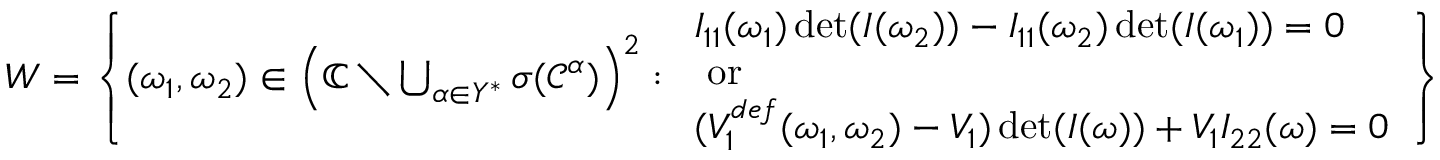
\begin{array} { r } { W = \left\{ ( \omega _ { 1 } , \omega _ { 2 } ) \in \left( \mathbb { C } \setminus \bigcup _ { \alpha \in Y ^ { * } } \sigma ( \mathcal { C } ^ { \alpha } ) \right) ^ { 2 } : \begin{array} { l } { I _ { 1 1 } ( \omega _ { 1 } ) \operatorname* { d e t } ( I ( \omega _ { 2 } ) ) - I _ { 1 1 } ( \omega _ { 2 } ) \operatorname* { d e t } ( I ( \omega _ { 1 } ) ) = 0 } \\ { \mathrm { ~ o r ~ } } \\ { ( V _ { 1 } ^ { d e f } ( \omega _ { 1 } , \omega _ { 2 } ) - V _ { 1 } ) \operatorname* { d e t } ( I ( \omega ) ) + V _ { 1 } I _ { 2 2 } ( \omega ) = 0 } \end{array} \right\} } \end{array}